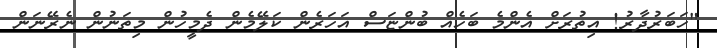
"ހަބަރުދާރު! އިތުރަށް އެންމެ ބަހެއް ބުންޏަސް އަހަރެން ކަލޭމެން ދެމީހުން މިތަނުން ނެރޭނަން